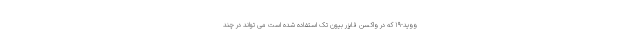
ووید-۱۹ که در واکسن فایزر بیون تک استفاده شده است می تواند در چند